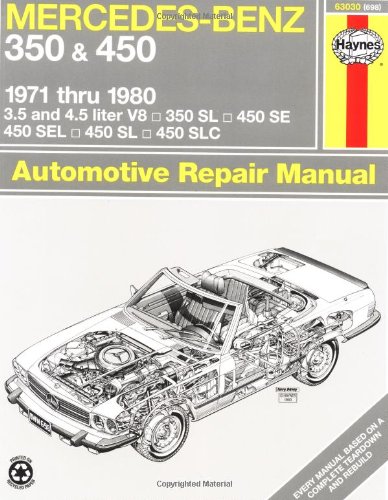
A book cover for Mercedes-Benz 350 and 450 V8, 1971-1980 (Haynes Repair Manuals); Haynes; Engineering & Transportation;